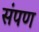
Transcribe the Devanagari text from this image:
संपण